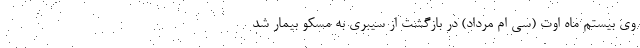
وی بیستم ماه اوت (سی ام مرداد) در بازگشت از سیبری به مسکو بیمار شد